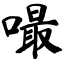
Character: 嘬